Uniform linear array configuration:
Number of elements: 64
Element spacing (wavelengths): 0.25
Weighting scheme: uniform
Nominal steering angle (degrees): -30
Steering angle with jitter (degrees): -31.995
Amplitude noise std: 0.05
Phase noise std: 0.05

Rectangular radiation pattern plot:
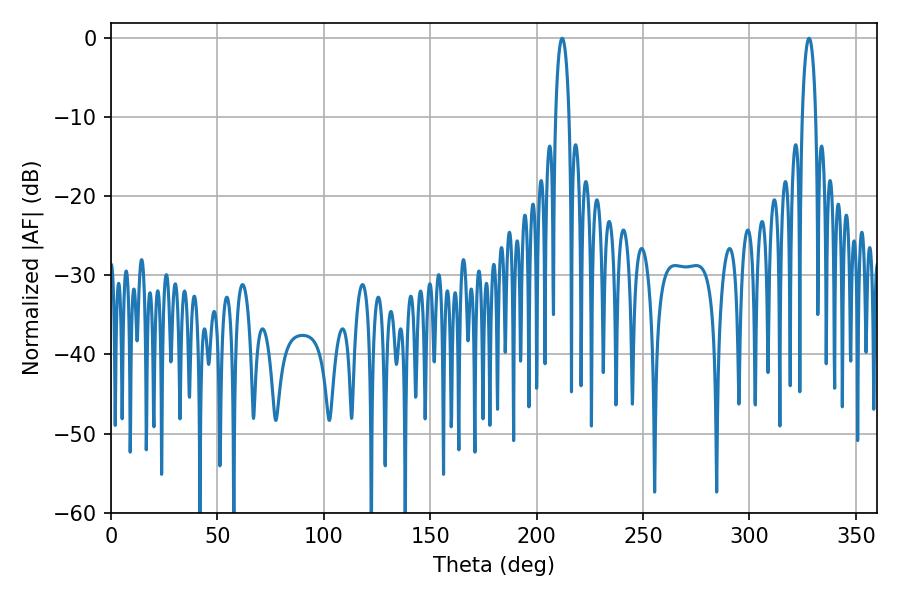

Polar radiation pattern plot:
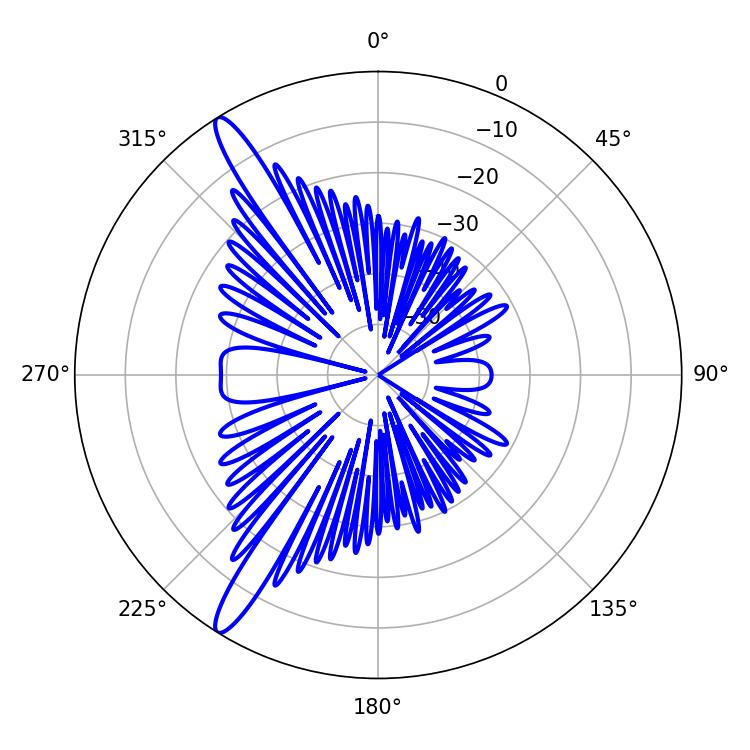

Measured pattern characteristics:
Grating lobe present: FALSE
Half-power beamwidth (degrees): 3.6
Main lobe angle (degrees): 212.04